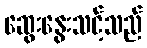
ဆွေးနွေးသင့်သည်